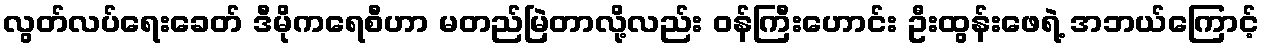
လွတ်လပ်ရေးခေတ် ဒီမိုကရေစီဟာ မတည်မြဲတာလို့လည်း ဝန်ကြီးဟောင်း ဦးထွန်းဖေရဲ့ အဘယ်ကြောင့်